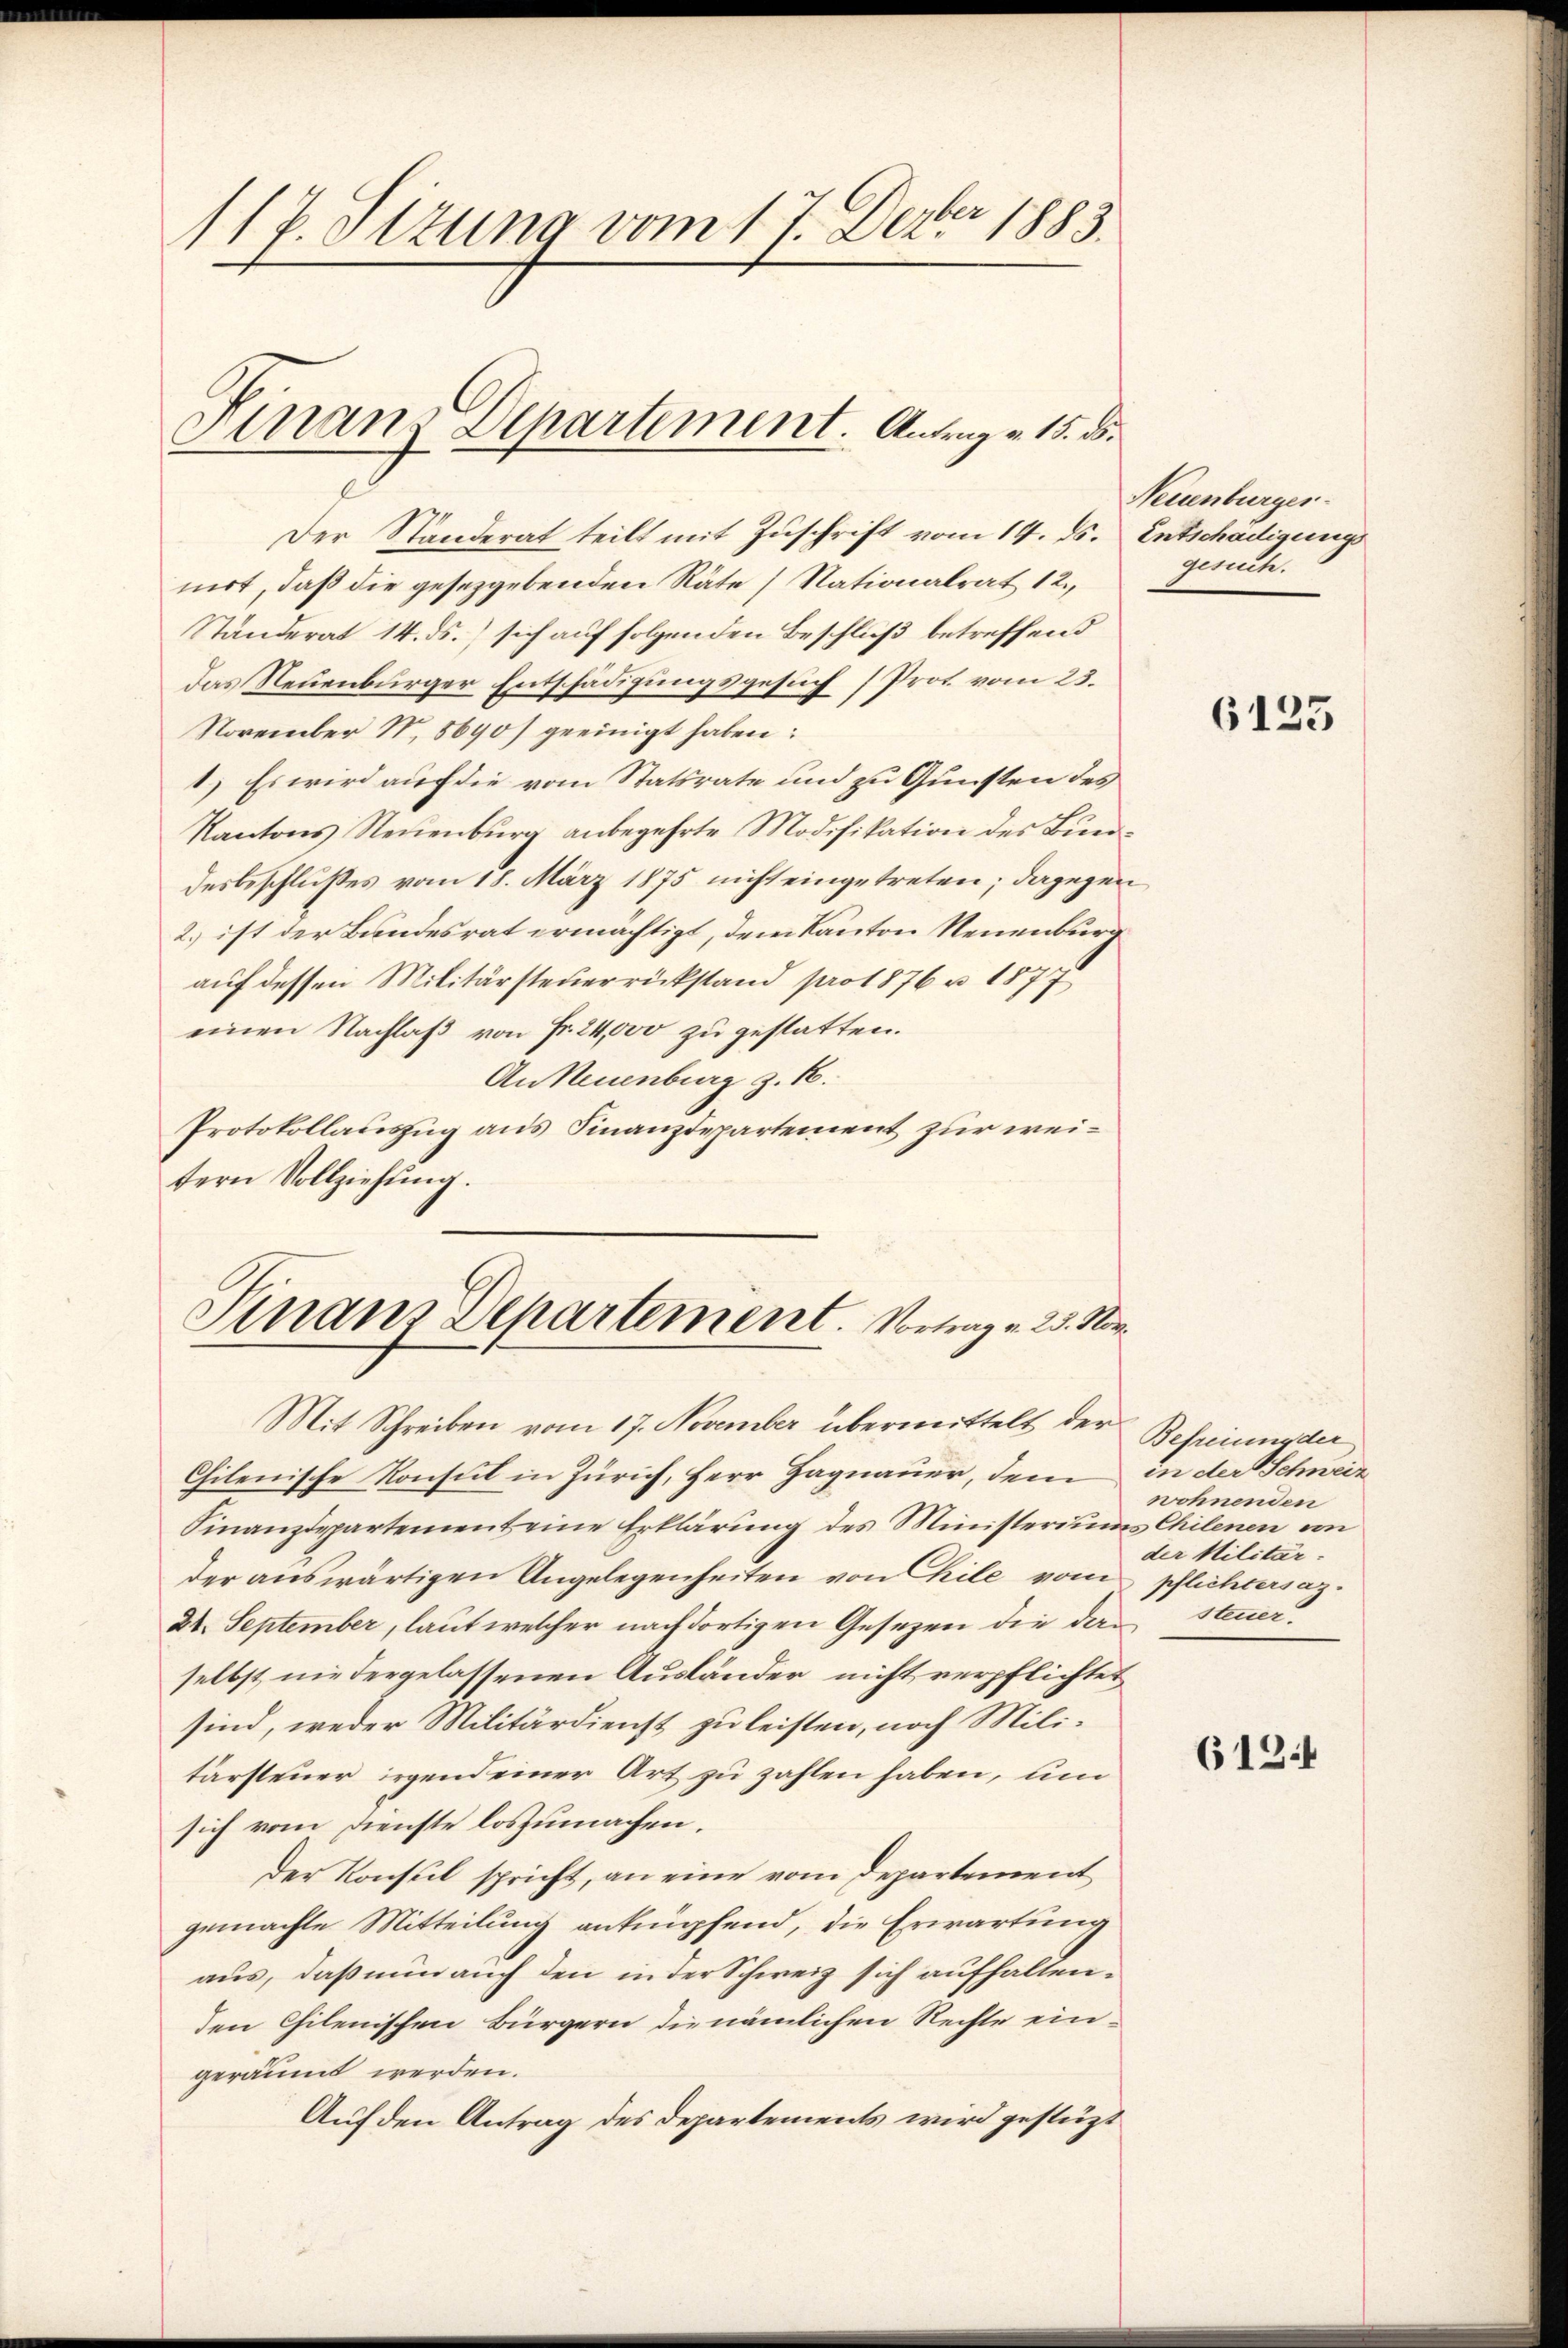
117. Sizung vom 17. Dever 1883.

Finanz Departement. Antrag v. 15. d.

Der Ständerat teilt mit Zuschrift vom 14. ds. Entschädigungs
nirt, daß die gesezgebenden Räte [Nationalrat 12.
Ständerat 14. ds.) sich auf folgenden Beschluß betreffend
das Neuenburger Entschädigungsgesuch (Prot vom 23.
November N. 8690/ geeinigt haben:
1.) Es wird auf die vom Statsrate und zu Gunsten des
Kantons Neuenbŭrg anbegehrte Modifikation des Bundesbeschlußes vom 18. März 1875 nicht eingetreten; dagegen
2.) ist der Bundesrat ermächtigt, dem Kanton Neuenburg
auf dessen Militärsteuerrückstand pro 1876 u. 1877
einen Nachlaß von Fr. 24,000 zu gestatten.
An Neuenburg z. B.
Protokollauszug aus Finanzdepartement zur weitern Vollziehŭng.

Finanz Departement. Vortrag v. 23. Nor

Mit Schreiben vom 17. November übermittelt der
Chilenische Konsul in Zürich, Herr Hagnauer, dem in der Schweiz
Finanzdepartement eine Erklärung des Ministeriums Chilenen von
der auswärtigen Angelegenheiten von hile vom pflichtersaz.
24. September, laut welcher nach dortigen Gesezen die den steuer.
selbst niedergelassenen Ausländer nicht verpflichtet
sind, weder Militärdienst zu leisten, noch Mili-
tarsteuer irgend einer Art zu zahlen haben, un
sich vom Dienste loszumachen.
Der Konsul spricht, an eine vom Departement
gemachte Mitteilung anknüpfend, die Erwartung
aus, daß nun auch den in der Schweiz sich aufhaltenden Chilenischen Bürgern die nämlichen Rechte eingeräumt werden.
Auf den Antrag des Departements wird gestüzt

Neuenburger.
gesuch.

6125

Befreiung der
wohnenden
der Militär-

613